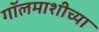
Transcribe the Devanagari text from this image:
गॉलमाशीच्या